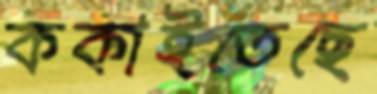
ককাইতেছে